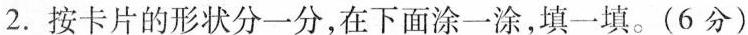
2.按卡片的形状分一分，在下面涂一涂，填一填。(6分)